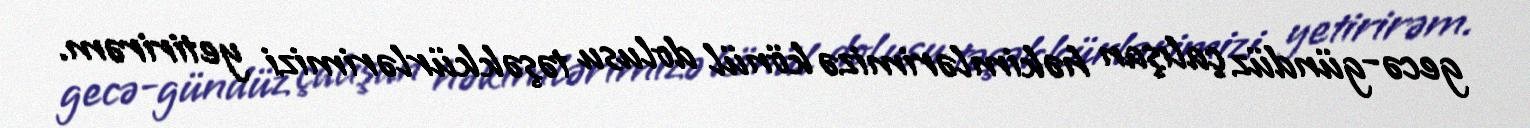
gecə-gündüz çalışan həkimlərimizə könül dolusu təşəkkürlərimizi yetirirəm.